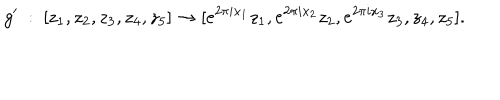
g ^ { \prime } \ : \ [ z _ { 1 } , z _ { 2 } , z _ { 3 } , z _ { 4 } , z _ { 5 } ] \rightarrow [ e ^ { 2 \pi i x _ { 1 } } { z _ { 1 } } , e ^ { 2 \pi i x _ { 2 } } { z _ { 2 } } , e ^ { 2 \pi i x _ { 3 } } { z _ { 3 } } , z _ { 4 } , z _ { 5 } ] .